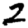
Digit: 2